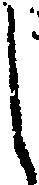
し